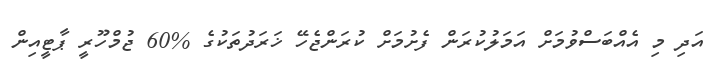
އަދި މި އެއްބަސްވުމަށް އަމަލުކުރަން ފެށުމަށް ކުރަންޖެހޭ ޚަރަދުތަކުގެ %60 ޖުމްހޫރީ ޕާޓީއިން